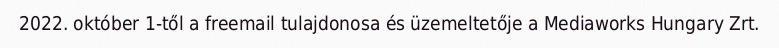
2022. október 1-től a freemail tulajdonosa és üzemeltetője a Mediaworks Hungary Zrt.